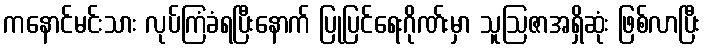
ကနောင်မင်းသား လုပ်ကြံခံရပြီးနောက် ပြုပြင်ရေးဂိုဏ်းမှာ သူဩဇာအရှိဆုံး ဖြစ်လာပြီး